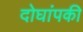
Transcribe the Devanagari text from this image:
दोघांपकी